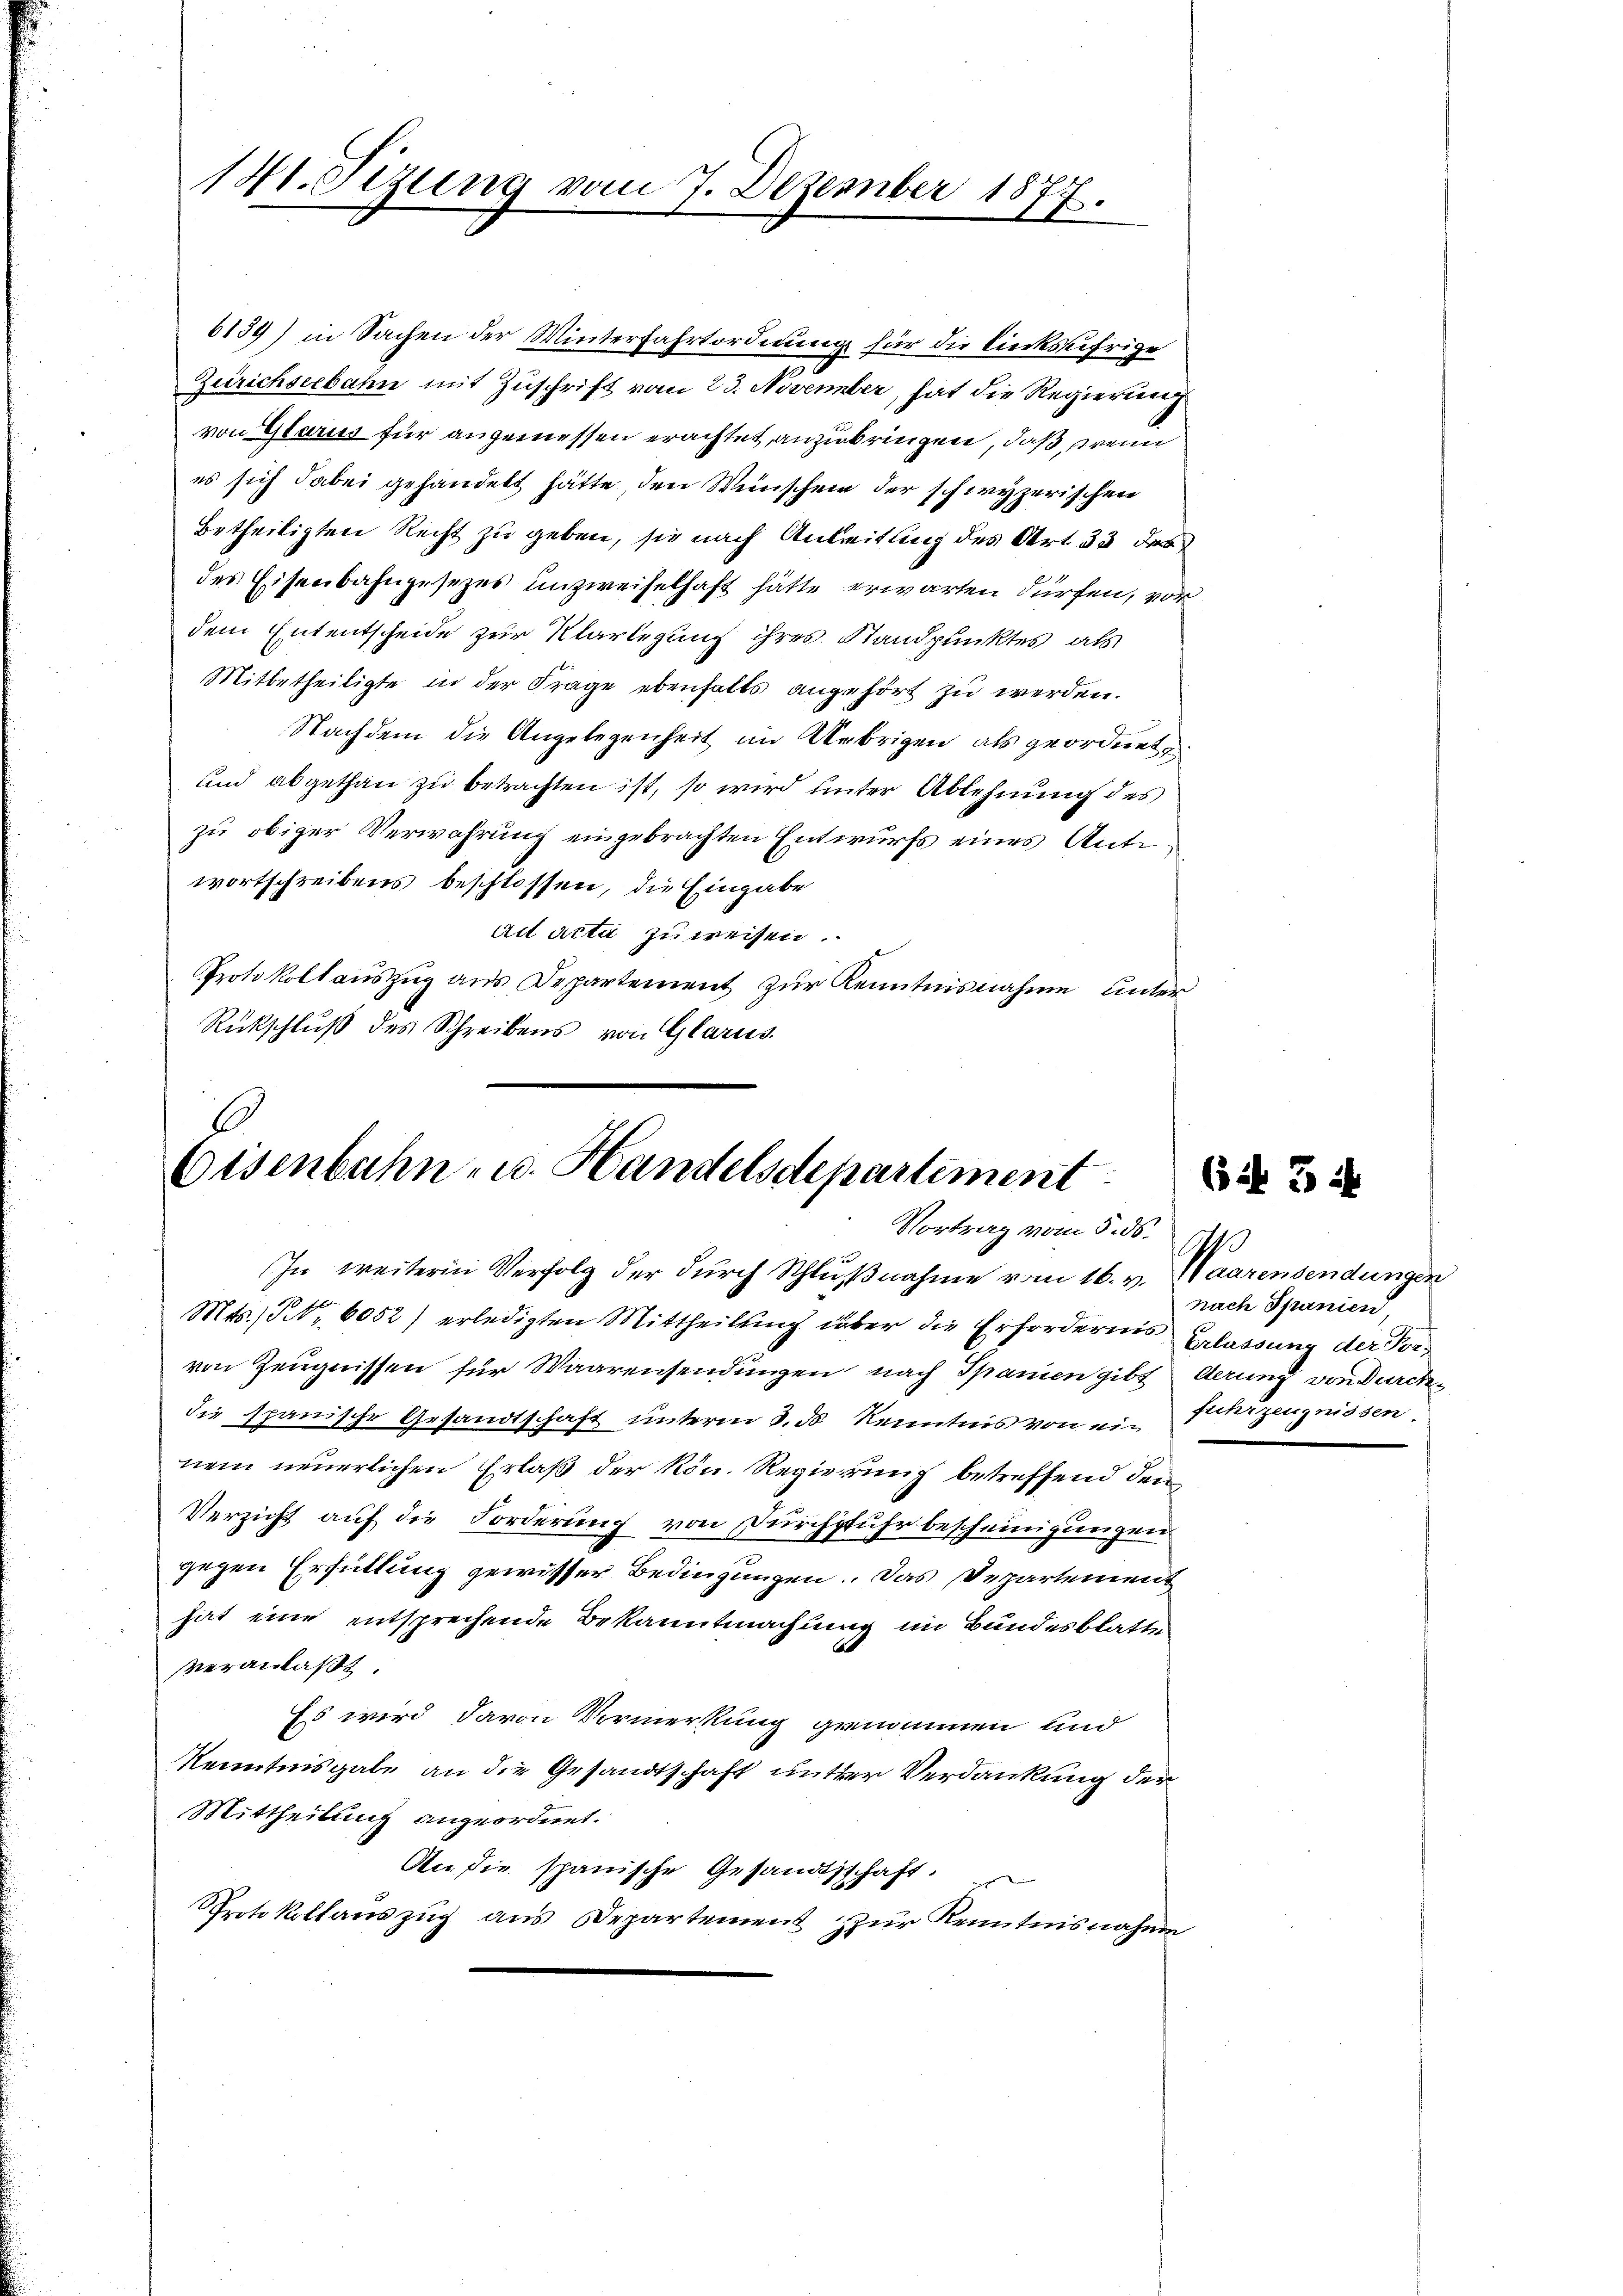
141. Sizung vom 7. Dezember 1877.

6139) in Sachen der Winterfahrtordnung für die linksufrige
Zürichseebahn mit Zuschrift vom 23. November, hat die Regierung
von Glarus für angemessen erachtet anzubringen, daß, wenn
es sich dabei gehandelt hätte, den Wünschen der schwyzerischen
betheiligten Recht zu geben, sie nach Anleitung des Art. 33 des
des Eisenbahngesezes unzweifelhaft hätte erwarten dürfen, vor
dem Ententscheide zur Klarlegung ihres Standpunktes, als
Mitbetheiligte in der Frage ebenfalls angehört zu werden.
Nachdem die Angelegenheit im Uebrigen als geordnet,
und abgethan zu betrachten ist, so wird unter Ablehnung des
zu obiger Verwahrung eingebrachten Entwurfs eines Antiwortschreibens beschlossen, die Eingabe
ad acta zu weisen.
Protokoll aŭszŭg aŭs Departement zŭr Kenntnisnahme unter¬
Rückschluß des Schreibens von Glarus.

6
Eisenbahn u. Handelsdepartement
Vortrag vom 5. ds.

In weiteren Verfolg der durch Schlußnahme vom 16. v. Waarensendungen
Mts., Petr. 6052) erledigten Mittheilung über die Erfordernis Erlassung der Vorvon Zeugnissen für Waarensendungen nach Spanien gibt derung von Durchdie Spanische Gesandtschaft unterm 3. ds Kenntnis von ein
nem neuerlichen Erlaß der Rön. Regierung betreffend den
Verzicht auf die Forderung von Durchfuhr bescheinigungen.
gegen Erfüllung gewisser Bedingungen. Das Departement
hat eine entsprechende Bekanntmachung im Bundesblatte
veranlaßt.
Es wird davon Vormerkung genommen und
Kenntnisgabe an die Gesandtschaft mitter Verdankung der
Mittheilung angeordnet.
An die spanische Gesandtschaft.
Protokollauszug aus Departement zur Kenntnisnahme

h
nach Spanien,
fuhrzeugnissen

6 3 x